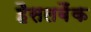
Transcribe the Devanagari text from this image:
हैसलबैंक